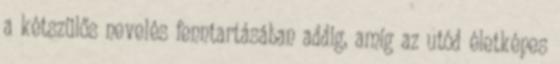
a kétszülős nevelés fenntartásában addig, amíg az utód életképes